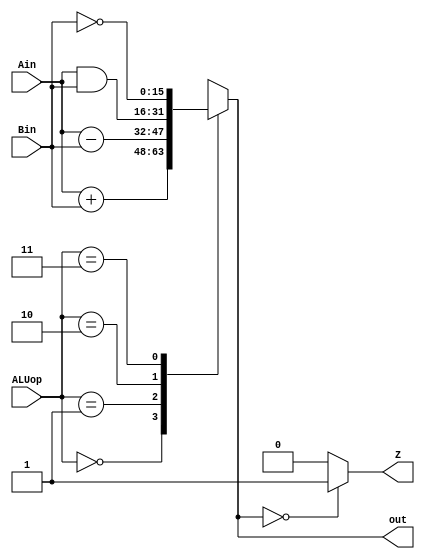
module ALU(Ain,Bin,ALUop,out,Z);
  input [15:0] Ain, Bin;
  input [1:0] ALUop;
  output [15:0] out;
  output Z;

  reg [15:0] out;
  reg Z;
  always @(*) begin
     case(ALUop)
 	2'b00: out = Ain + Bin;
	2'b01: out = Ain - Bin;
	2'b10: out = Ain & Bin;
	2'b11: out = ~Bin;
      default: out = {16{1'bx}};                  //indicatator for bug
     endcase
     if (out=={16{1'b0}})
	Z = 1'b1;
     else
	Z = 1'b0;
  end
endmodule